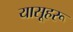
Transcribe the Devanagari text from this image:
यासूहरू